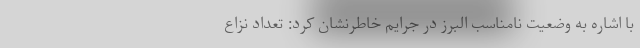
با اشاره به وضعیت نامناسب البرز در جرایم خاطرنشان کرد: تعداد نزاع